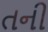
તની